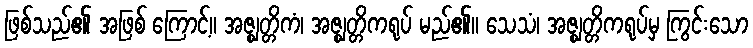
ဖြစ်သည်၏ အဖြစ် ကြောင့်။ အဇ္ဈတ္တိကံ၊ အဇ္ဈတ္တိကရုပ် မည်၏။ သေသံ၊ အဇ္ဈတ္တိကရုပ်မှ ကြွင်းသော